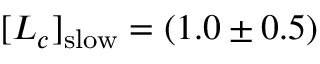
[ L _ { c } ] _ { \mathrm { s l o w } } = ( 1 . 0 \pm 0 . 5 )